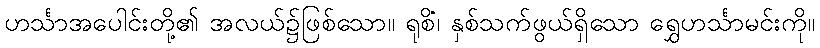
ဟင်္သာအပေါင်းတို့၏ အလယ်၌ဖြစ်သော။ ရုစိံ၊ နှစ်သက်ဖွယ်ရှိသော ရွှေဟင်္သာမင်းကို။